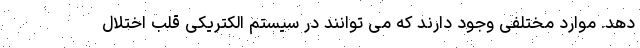
دهد. موارد مختلفی وجود دارند که می توانند در سیستم الکتریکی قلب اختلال